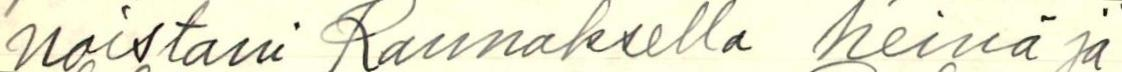
noistani Kannaksella heinä ja